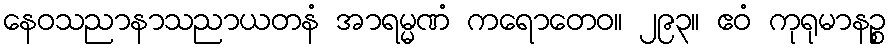
နေဝသညာနာသညာယတနံ အာရမ္မဏံ ကရောတေဝ။ ၂၉၃။ ဧဝံ ကုရုမာနဉ္စ